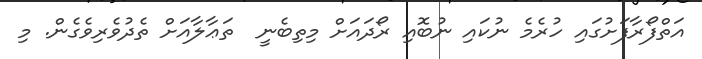
އަތްފޯރާފަށުގައި ހުރެމެ ނުކައި ނުބޮއި ރޯދައަށް މިތިބެނީ  ތަޢާލާއަށް ތެދުވެރިވެގެން. މި